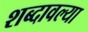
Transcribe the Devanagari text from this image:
शब्दावल्या